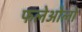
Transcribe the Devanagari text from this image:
फलेओलो